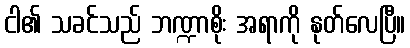
ငါ၏ သခင်သည် ဘဏ္ဍာစိုး အရာကို နုတ်လေပြီ။